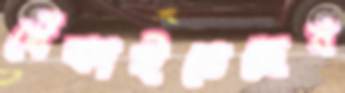
খেঁকাইতেছেন